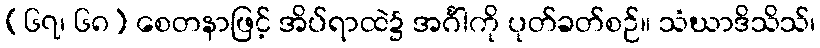
(၆၇၊ ၆၈) စေတနာဖြင့် အိပ်ရာထဲ၌ အင်္ဂါကို ပုတ်ခတ်စဉ်။ သံဃာဒိသိသ်၊